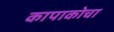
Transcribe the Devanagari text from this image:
कापाकोचा